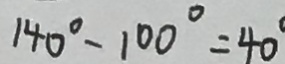
1 4 0 ^ { \circ } - 1 0 0 ^ { \circ } = 4 0 ^ { \circ }